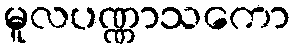
မူလပဏ္ဏာသကော